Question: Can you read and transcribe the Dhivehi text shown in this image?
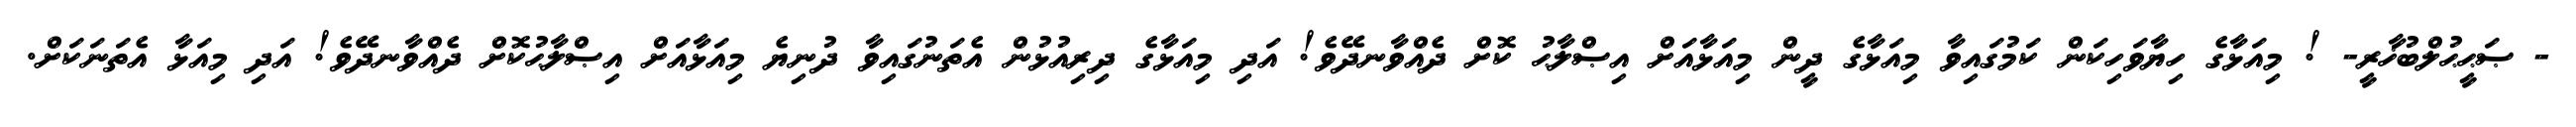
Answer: - ޞަޙީޙުލްބުޚާރީ- ! މިއަޅާގެ ހިޔާވަހިކަން ކަމުގައިވާ މިއަޅާގެ ދީން މިއަޅާއަށް އިޞްލާޙު ކޮށް ދެއްވާނދޭވެ! އަދި މިއަޅާގެ ދިރިއުޅުން އެތަނުގައިވާ ދުނިޔެ މިއަޅާއަށް އިޞްލާޙުކޮށް ދެއްވާނދޭވެ! އަދި މިއަޅާ އެތަނަކަށް.